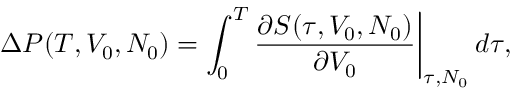
\Delta P ( T , V _ { 0 } , N _ { 0 } ) = \int _ { 0 } ^ { T } \frac { \partial S ( \tau , V _ { 0 } , N _ { 0 } ) } { \partial V _ { 0 } } \bigg \vert _ { \tau , N _ { 0 } } \, d \tau ,